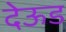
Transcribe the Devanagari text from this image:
देऊड